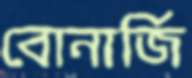
বোনার্জি